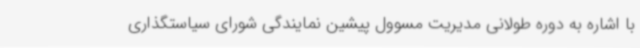
با اشاره به دوره طولانی مدیریت مسوول پیشین نمایندگی شورای سیاستگذاری